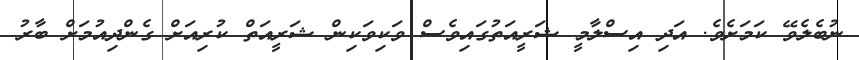
ނުބެލެވޭ ކަމަށެވެ. އަދި އިސްލާމީ ޝަރީއަތުގައިވެސް ވަކިވަކިން ޝަރީއަތް ކުރިއަށް ގެންދިއުމަށް ބާރު